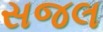
સજલ